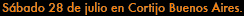
Sabado 28 de julio en Cortijo Buenos Aires.